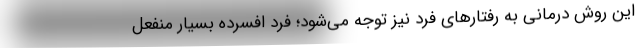
این روش درمانی به رفتارهای فرد نیز توجه می‌شود؛ فرد افسرده بسیار منفعل